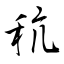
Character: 秔